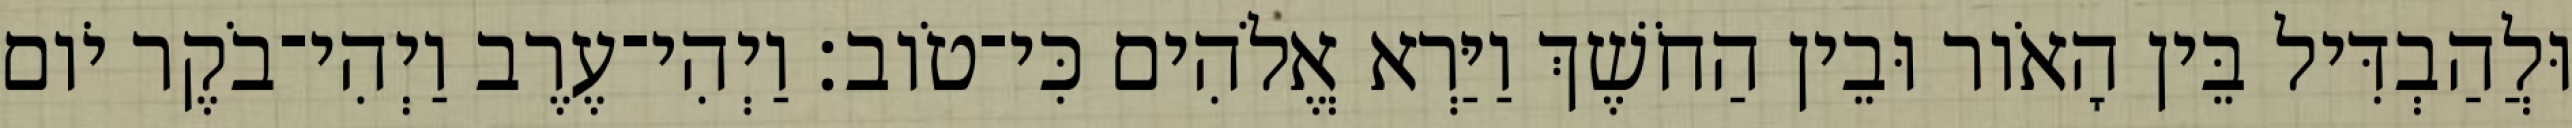
וּלֲהַבְדִּיל בֵּין הָאֹור וּבֵין הַחֹשֶׁךְ וַיַּרְא אֱלֹהִים כִּי־טֹוב׃ וַיְהִי־עֶרֶב וַיְהִי־בֹקֶר יֹום